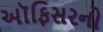
અૉફિસરનો